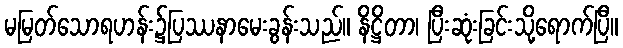
မမြတ်သောရဟန်း၌ပြဿနာမေးခွန်းသည်။ နိဋ္ဌိတာ၊ ပြီးဆုံးခြင်းသို့ရောက်ပြီ။